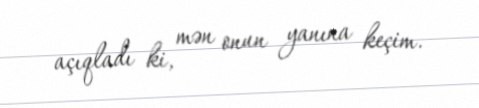
açıqladı ki, mən onun yanına keçim.